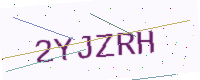
Text: 2YJZRH